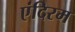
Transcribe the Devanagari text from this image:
एंदिरम